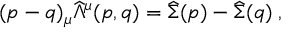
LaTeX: ( p - q ) _ { \mu } \widehat { \Lambda } ^ { \mu } ( p , q ) = \widehat { \Sigma } ( p ) - \widehat { \Sigma } ( q ) \; ,